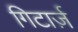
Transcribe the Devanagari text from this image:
गिटार्ज़